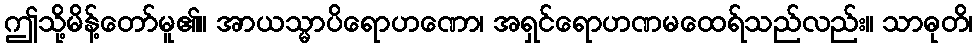
ဤသို့မိန့်တော်မူ၏။ အာယသ္မာပိရောဟဏော၊ အရှင်ရောဟဏမထေရ်သည်လည်း။ သာဓုတိ၊